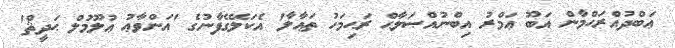
ޢަބްދުއްރަޙްމާން އަބޫ ޢަމްރު އިބްނުއްޞަލާޙް ރަޙިމަހު ތަޢާލާ' އެކަލޭގެފާނުގެ 'އަންވާޢު ޢުލޫމުލް ޙަދީޘް'